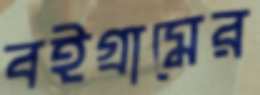
বইগ্রামের